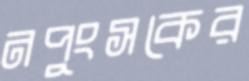
নপুংসকের